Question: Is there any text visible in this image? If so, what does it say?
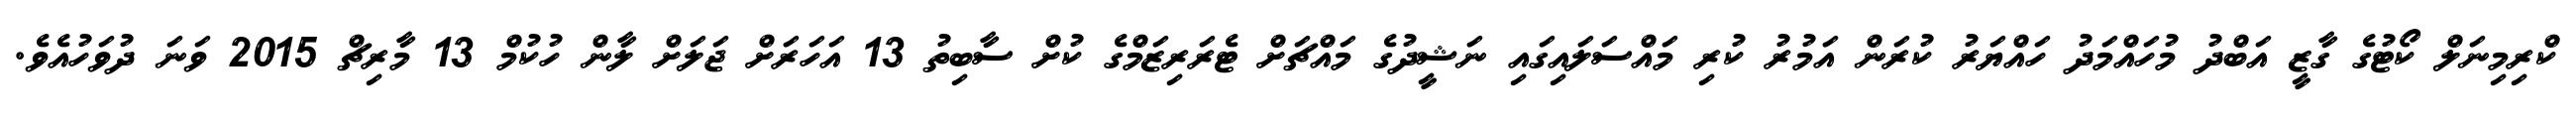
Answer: ކްރިމިނަލް ކޯޓުގެ ގާޒީ އަބްދު މުހައްމަދު ހައްޔަރު ކުރަން އަމުރު ކުރި މައްސަލައިގައި ނަޝީދުގެ މައްޗަށް ޓެރަރިޒަމްގެ ކުށް ސާބިތު 13 އަހަރަށް ޖަލަށް ލާން ހުކުމް 13 މާރިޗް 2015 ވަނަ ދުވަހުއެވެ.